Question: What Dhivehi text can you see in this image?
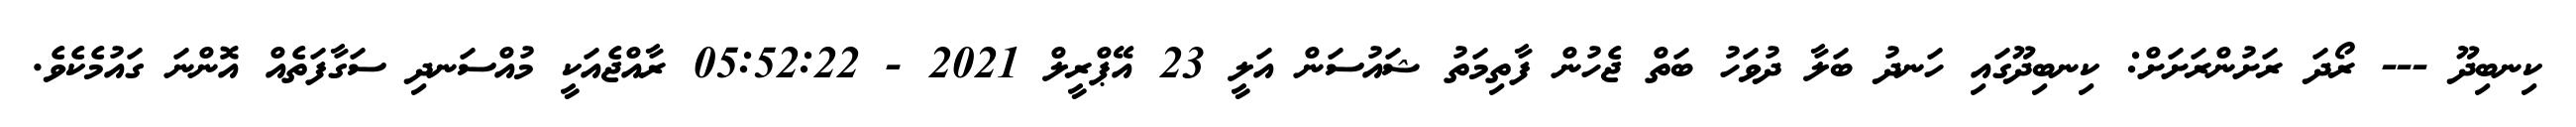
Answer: ކިނބިދޫ --- ރޯދަ ރަށުންރަށަށް: ކިނބިދޫގައި ހަނދު ބަލާ ދުވަހު ބަތް ޖެހުން ފާތިމަތު ޝައުސަން އަލީ 23 އޭޕްރީލް 2021 - 05:52:22 ރާއްޖެއަކީ މުއްސަނދި ސަގާފަތެއް އޮންނަ ގައުމެކެވެ.